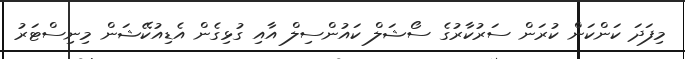
މިފަދަ ކަންކަން ކުރަން ސަރުކާރުގެ ސޯޝަލް ކައުންސިލް އާއި ގުޅިގެން އެޑިއުކޭޝަން މިނިސްޓަރު